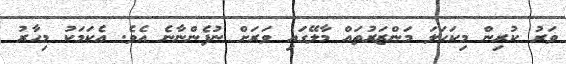
ވަރު ކުރިން މިކަހަލަ މަންޒަރުތައް މާލޭގައި ވަރަށް ނުފެންނާނެ އެވެ. އެކަމަކު މިހާރު